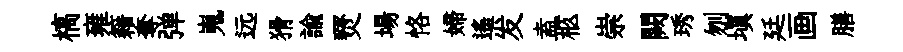
槁雍籍奪弹嵬远猾諭燹場恪婦遙发盍柩崇闕琇刎塡廷画膳